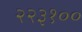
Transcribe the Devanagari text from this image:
२२३१००